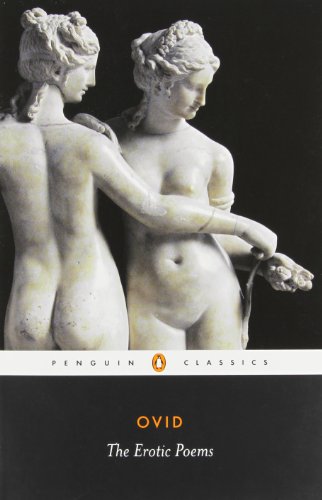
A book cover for The Erotic Poems (Penguin Classics); Ovid; Romance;